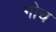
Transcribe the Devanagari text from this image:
गोच